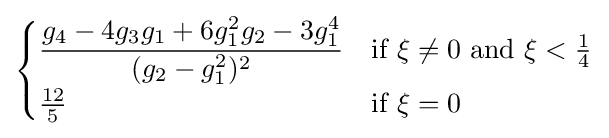
{\begin{cases}{\dfrac {g_{4}-4g_{3}g_{1}+6g_{1}^{2}g_{2}-3g_{1}^{4}}{(g_{2}-g_{1}^{2})^{2}}}&{\text{if }}\xi \neq 0{\text{ and }}\xi <{\tfrac {1}{4}}\\{\tfrac {12}{5}}&{\text{if }}\xi =0\end{cases}}